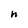
Character: h